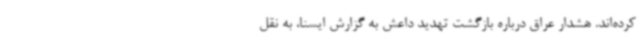
کرده‌اند. هشدار عراق درباره بازگشت تهدید داعش به گزارش ایسنا، به نقل